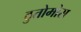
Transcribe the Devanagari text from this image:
ठुतोमोस